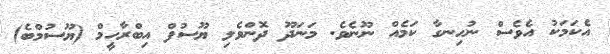
އެކަމަކު އެވެސް ނުހިނގާ ކަމެއް ނޫނެވެ. މަނަދޫ ދޮންވެލި ޔޫސުފް އިބްރާހީމް (ޔޫސުމްބެ)